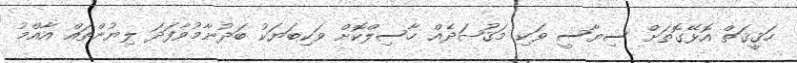
ހަޤީޤަތް އޮޅޭގޮތަށް ސިޔާސީ ވަކި މަޤުޞަދެއް ހާސިލްކޮށް ވަކިބަޔަކު ބަދުނާމުވާފަދަ ލިޔުންތައް އާއްމު